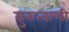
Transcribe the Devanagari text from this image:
ग्रुरुत्वाची